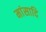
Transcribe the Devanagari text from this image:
मांसादि